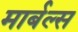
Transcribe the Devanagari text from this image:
मार्बल्स